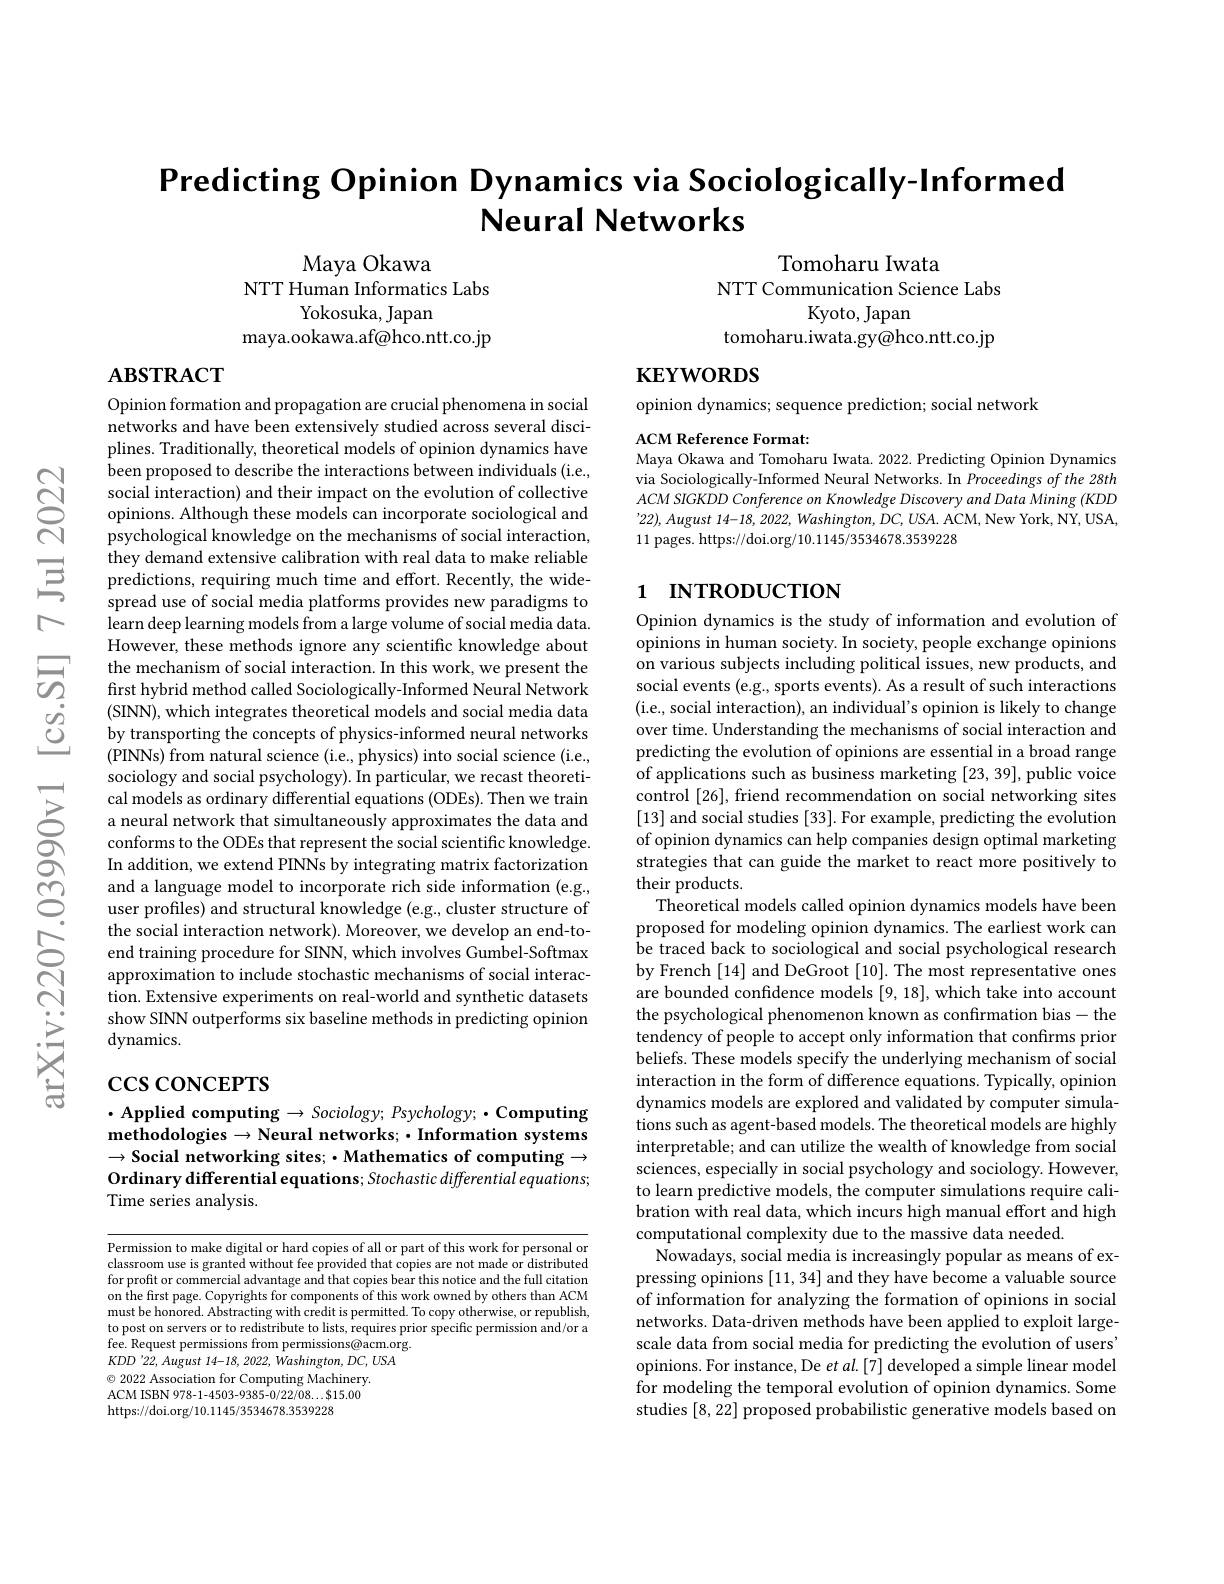
Predicting Opinion Dynamics via Sociologically-Informed
Neural Networks

Maya Okawa
NTT Human Informatics Labs
Yokosuka, Japan
maya.ookawa.af@hco.ntt.co.jp

Tomoharu Iwata
NTT Communication Science Labs
Kyoto, Japan
tomoharu.iwata.gy@hco.ntt.co.jp

$\mathbf{ABSTRACT}$

$\mathbf{KEYWORDS}$

opinion dynamics; sequence prediction; social network

ACM Reference Format
Maya Okawa and Tomoharu Iwata. 2022. Predicting Opinion Dynamics

via Sociologically-Informed Neural Networks. In Proceedings of the 28th ACM SIGKDD Conference on Knowledge Discovery and Data Mining (KDD $’22),August$ 14-18, 2022, Washington, DC, USA. ACM, New York, NY, USA, 11 pages. https://doi.org/10.1145/3534678.3539228

## 1 INTRODUCTION

Opinion formation and propagation are crucial phenomena in social networks and have been extensively studied across several disciplines. Traditionally, theoretical models of opinion dynamics have been proposed to describe the interactions between individuals (i.e., social interaction) and their impact on the evolution of collective opinions. Although these models can incorporate sociological and $\bar{\text{psychological knowledge on the mechanisms of social interaction,}}$ they demand extensive calibration with real data to make reliable predictions, requiring much time and effort. Recently, the widespread use of social media platforms provides new paradigms to learn deep learning models from a large volume of social media data. However, these methods ignore any scientific knowledge about the mechanism of social interaction. In this work, we present the first hybrid method called Sociologically-Informed Neural Network (SINN), which integrates theoretical models and social media data by transporting the concepts of physics-informed neural networks ( PINNs) from natural science ( i. e, physics) into social science ( i. e. , sociology and social psychology). In particular, we recast theoretical models as ordinary differential equations (ODEs). Then we train a neural network that simultaneously approximates the data and conforms to the ODEs that represent the social scientific knowledge. In addition, we extend PINNs by integrating matrix factorization and a language model to incorporate rich side information (e.g., user profiles) and structural knowledge (e.g., cluster structure of the social interaction network). Moreover, we develop an end-toend training procedure for SINN, which involves Gumbel-Softmax approximation to include stochastic mechanisms of social interaction. Extensive experiments on real-world and synthetic datasets show SINN outperforms six baseline methods in predicting opinion dynamics.

Opinion dynamics is the study of information and evolution of opinions in human society. In society, people exchange opinions on various subjects including political issues, new products, and social events (e.g., sports events). As a result of such interactions (i.e., social interaction), an individual's opinion is likely to change over time. Understanding the mechanisms of social interaction and predicting the evolution of opinions are essential in a broad range of applications such as business marketing [23,39],public voice control [26], friend recommendation on social networking sites [13] and social studies [33]. For example, predicting the evolution of opinion dynamics can help companies design optimal marketing strategies that can guide the market to react more positively to their products.
Theoretical models called opinion dynamics models have been proposed for modeling opinion dynamics. The earliest work can be traced back to sociological and social psychological research by French [14] and DeGroot [10]. The most representative ones are bounded confidence models [9, 18], which take into account the psychological phenomenon known as confirmation bias- the tendency of people to accept only information that confirms prior beliefs. These models specify the underlying mechanism of social interaction in the form of difference equations. Typically, opinion dynamics models are explored and validated by computer simulations such as agent-based models. The theoretical models are highly interpretable; and can utilize the wealth of knowledge from social sciences, especially in social psychology and sociology. However, to learn predictive models, the computer simulations require calibration with real data, which incurs high manual effort and high computational complexity due to the massive data needed.
$\dot{\text{Nowadays, social media is increasingly popular as means of ex-}}$ pressing opinions [11, 34] and they have become a valuable source of information for analyzing the formation of opinions in social networks. Data-driven methods have been applied to exploit largescale data from social media for predicting the evolution of users opinions. For instance, De $et\textit{al. [ 7] developed a simple linear model}$ for modeling the temporal evolution of opinion dynamics. Some studies [8,22] proposed probabilistic generative models based on

# $\csc\csc$coNCEPTS

$\cdot$ Applied computing$\to Sociolo$gy; Psychology; · Computing methodologies $\to$Neural networks; ·Information systems $\to$Social networking sites; - Mathematics of computing $\to$ Ordinary differential equations; Stochastic differential equations; Time series analysis.

Permission to make digital or hard copies of all or part of this work for personal or classroom use is granted without fee provided that copies are not made or distributed for profit or commercial advantage and that copies bear this notice and the full citation on the first page. Copyrights for components of this work owned by others than ACM must be honored. Abstracting with credit is permitted. To copy otherwise, or republish, to post on servers or to redistribute to lists, requires prior specific permission and/or a fee. Request permissions from permissions@acm.org. $KDD'22,August~14-18,~2022,~Washington,~DC,~USA$ $\textcircled{\circ}$ 2022 Association for Computing Machinery ACM ISBN 978-1-4503-9385-0/22/08...$15.00 https://doi.org/10.1145/3534678.3539228